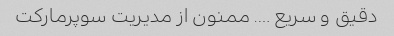
دقیق و سریع …. ممنون از مدیریت سوپرمارکت